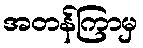
အတန်ကြာမှ